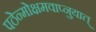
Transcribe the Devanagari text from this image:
पठेन्मोक्षमवाप्नुयात्